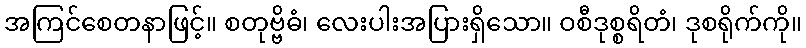
အကြင်စေတနာဖြင့်။ စတုဗ္ဗိဓံ၊ လေးပါးအပြားရှိသော။ ဝစီဒုစ္စရိတံ၊ ဒုစရိုက်ကို။